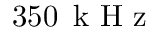
3 5 0 \, \textrm { k H z }